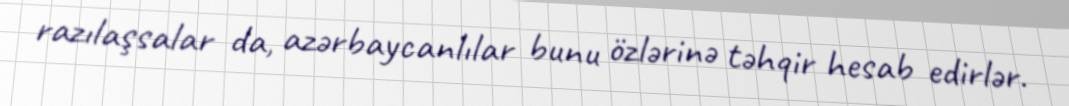
razılaşsalar da, azərbaycanlılar bunu özlərinə təhqir hesab edirlər.